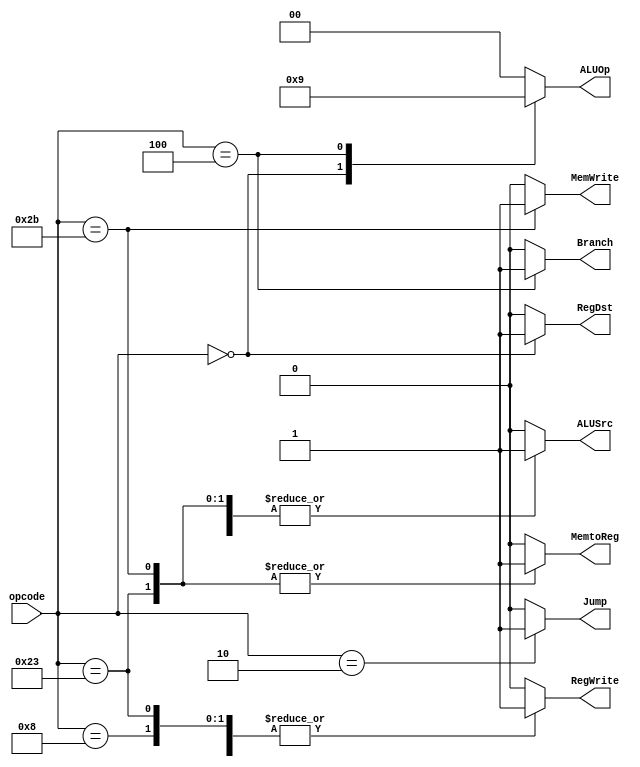

/*
// Module: Main_Decoder.v
// Description: Main Decoder verilog code //
// Owner : Mohamed Ayman
*/

module Main_Decoder (
    output  reg              MemtoReg,MemWrite,Branch,ALUSrc,RegDst,RegWrite,Jump,
    output  reg     [1:0]    ALUOp,          
    input   wire    [5:0]    opcode
);
always @ (*)
begin
    case (opcode)
    // load word 
        6'b100011 :
                     begin 
                         Jump       = 1'b0;
                         ALUOp      = 2'b00;
                         MemWrite   = 1'b0;
                         RegWrite   = 1'b1;
                         RegDst     = 1'b0;
                         ALUSrc     = 1'b1;
                         MemtoReg   = 1'b1;
                         Branch     = 1'b0;
                     end
    // store word 
        6'b101011 :
                     begin 
                         Jump       = 1'b0;
                         ALUOp      = 2'b00;
                         MemWrite   = 1'b1;
                         RegWrite   = 1'b0;
                         RegDst     = 1'b0;
                         ALUSrc     = 1'b1;
                         MemtoReg   = 1'b1;
                         Branch     = 1'b0;
                     end
    // R Type 
        6'b000000 :
                     begin 
                         Jump       = 1'b0;
                         ALUOp      = 2'b10;
                         MemWrite   = 1'b0;
                         RegWrite   = 1'b1;
                         RegDst     = 1'b1;
                         ALUSrc     = 1'b0;
                         MemtoReg   = 1'b0;
                         Branch     = 1'b0;
                     end
   // Add Immediate
        6'b001000 :
                     begin 
                         Jump       = 1'b0;
                         ALUOp      = 2'b00;
                         MemWrite   = 1'b0;
                         RegWrite   = 1'b1;
                         RegDst     = 1'b0;
                         ALUSrc     = 1'b1;
                         MemtoReg   = 1'b0;
                         Branch     = 1'b0;
                     end
   // branch if equal
        6'b000100 :
                     begin 
                         Jump       = 1'b0;
                         ALUOp      = 2'b01;
                         MemWrite   = 1'b0;
                         RegWrite   = 1'b0;
                         RegDst     = 1'b0;
                         ALUSrc     = 1'b0;
                         MemtoReg   = 1'b0;
                         Branch     = 1'b1;
                     end
   // jump_inst
        6'b000010 :
                     begin 
                         Jump       = 1'b1;
                         ALUOp      = 2'b00;
                         MemWrite   = 1'b0;
                         RegWrite   = 1'b0;
                         RegDst     = 1'b0;
                         ALUSrc     = 1'b0;
                         MemtoReg   = 1'b0;
                         Branch     = 1'b0;
                     end 
   // default
        default :
                     begin 
                         Jump       = 1'b0;
                         ALUOp      = 2'b00;
                         MemWrite   = 1'b0;
                         RegWrite   = 1'b0;
                         RegDst     = 1'b0;
                         ALUSrc     = 1'b0;
                         MemtoReg   = 1'b0;
                         Branch     = 1'b0;
                     end        
    endcase
end
endmodule